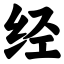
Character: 经